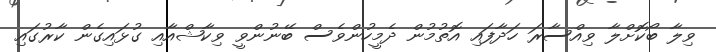
ވިލާ ބޯކޮށްލާ ވިއްސާރަ ހަދާފައި އޮތުމުން ދެމީހުންވެސް ބޭނުންވީ ވިކާޝްއާއި ގުޅައިގެން ކާރުގައި